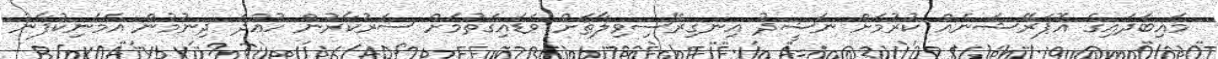
މައިބަދައިގެ އޮޕަރޭޝަނެއް ކުރުމަށް ނަޝީދު އިނގިރޭސިވިލާތަށް ވަޑައިގަތުމަށް ސަރުކާރުން ހުއްދަ ދިނުމުން އެމަނިކުފާނު